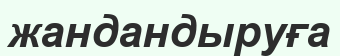
жандандыруға